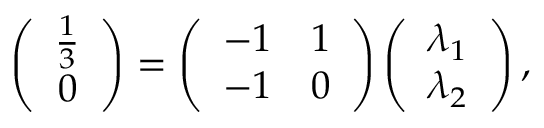
\left( \begin{array} { c } { \frac { 1 } { 3 } } \\ { 0 } \end{array} \right) = \left( \begin{array} { c c } { - 1 } & { 1 } \\ { - 1 } & { 0 } \end{array} \right) \left( \begin{array} { c } { \lambda _ { 1 } } \\ { \lambda _ { 2 } } \end{array} \right) ,